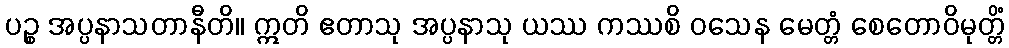
ပဉ္စ အပ္ပနာသတာနီတိ။ ဣတိ ဧတာသု အပ္ပနာသု ယဿ ကဿစိ ဝသေန မေတ္တံ စေတောဝိမုတ္တိံ